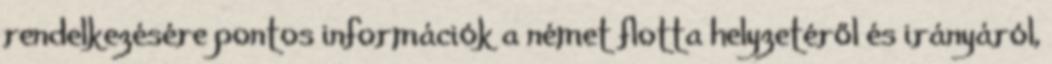
rendelkezésére pontos információk a német flotta helyzetéről és irányáról,